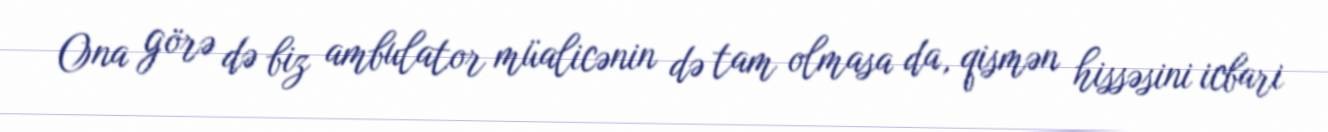
Ona görə də biz ambulator müalicənin də tam olmasa da, qismən hissəsini icbari